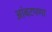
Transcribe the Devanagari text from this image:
आंबटपणा